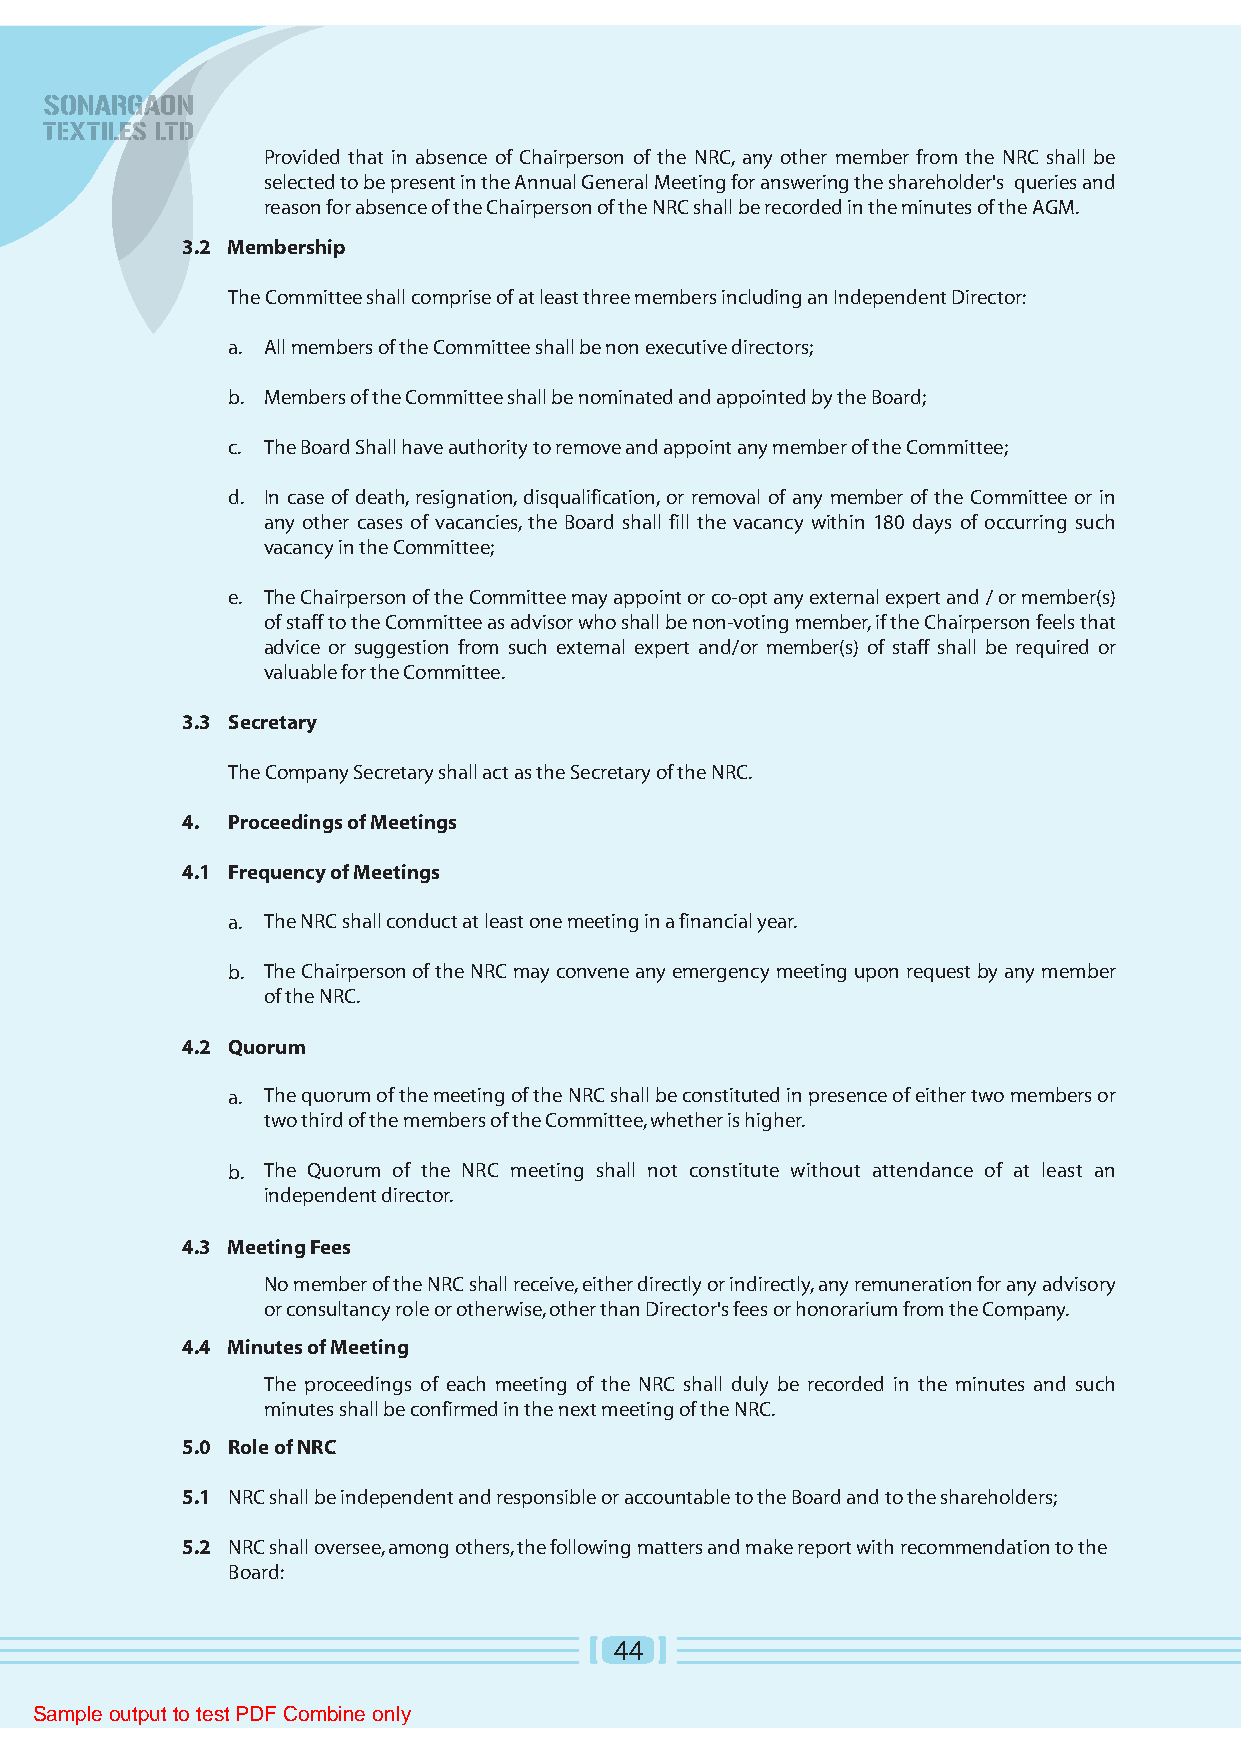
Provided that in absence of Chairperson of the NRC, any other member from the NRC shall be
 selected to be present in the Annual General Meeting for answering the shareholder's queries and
 reason for absence of the Chairperson of the NRC shall be recorded in the minutes of the AGM.
 3.2 Membership
 The Committee shall comprise of at least three members including an Independent Director:
 a. All members of the Committee shall be non executive directors;
 b. Members of the Committee shall be nominated and appointed by the Board;
 c. The Board Shall have authority to remove and appoint any member of the Committee;
 d. In case of death, resignation, disqualification, or removal of any member of the Committee or in
 any other cases of vacancies, the Board shall fill the vacancy within 180 days of occurring such
 vacancy in the Committee;
 e. The Chairperson of the Committee may appoint or co-opt any external expert and / or member(s)
 of staff to the Committee as advisor who shall be non-voting member, if the Chairperson feels that
 advice or suggestion from such external expert and/or member(s) of staff shall be required or
 valuable for the Committee.
 3.3 Secretary
 The Company Secretary shall act as the Secretary of the NRC.
 4. Proceedings of Meetings
 4.1 Frequency of Meetings
 a. The NRC shall conduct at least one meeting in a financial year.
 b. The Chairperson of the NRC may convene any emergency meeting upon request by any member
 of the NRC.
 4.2 Quorum
 a. The quorum of the meeting of the NRC shall be constituted in presence of either two members or
 two third of the members of the Committee, whether is higher.
 b. The Quorum of the NRC meeting shall not constitute without attendance of at least an
 independent director.
 4.3 Meeting Fees
 No member of the NRC shall receive, either directly or indirectly, any remuneration for any advisory
 or consultancy role or otherwise, other than Director's fees or honorarium from the Company.
 4.4 Minutes of Meeting
 The proceedings of each meeting of the NRC shall duly be recorded in the minutes and such
 minutes shall be confirmed in the next meeting of the NRC.
 5.0 Role of NRC
 5.1 NRC shall be independent and responsible or accountable to the Board and to the shareholders;
 5.2 NRC shall oversee, among others, the following matters and make report with recommendation to the
 Board:
 44
 Sample output to test PDF Combine only